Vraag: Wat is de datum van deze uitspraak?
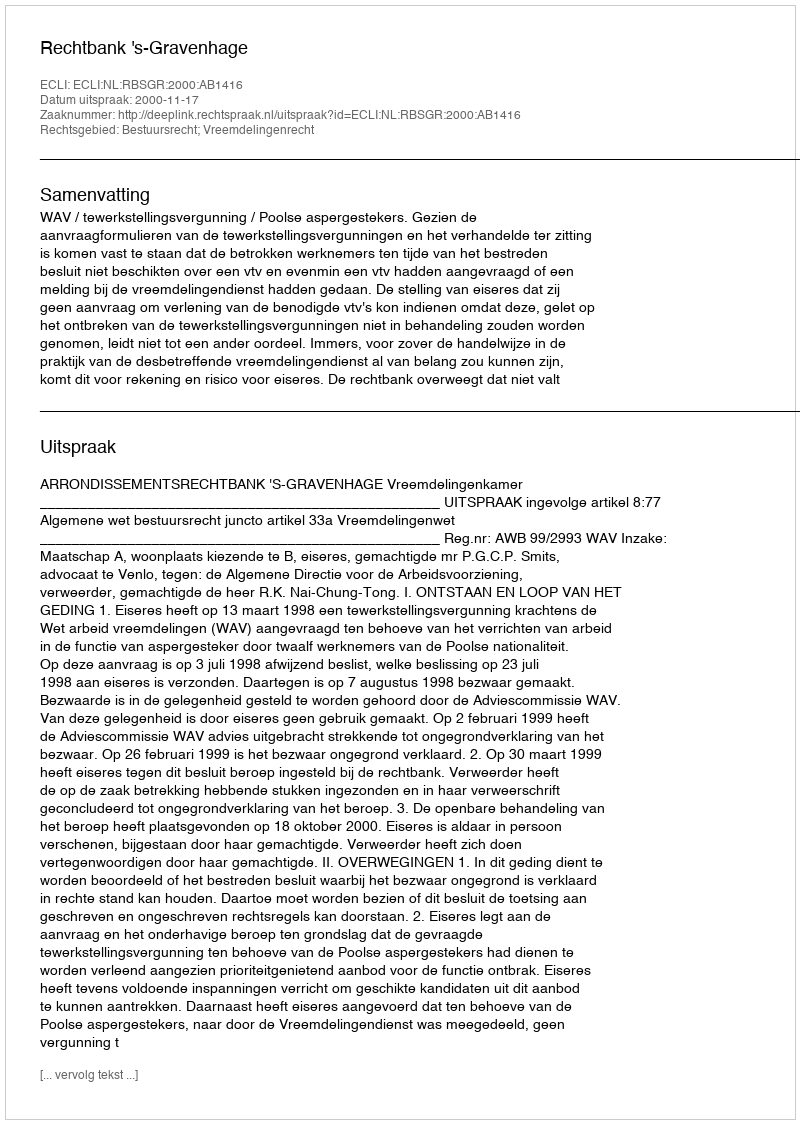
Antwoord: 2000-11-17